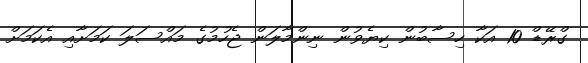
ގްރޭޑް 10 އަކާ ހިސާބުން ކިޔެވުން ނިންމާލަން ޖެހުމުގެ މައްސަލަ ކަމަށާއި އެކަމަށް